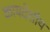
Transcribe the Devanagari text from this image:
कायदेशीय